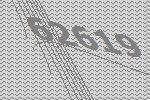
62619